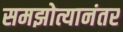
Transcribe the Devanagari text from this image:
समझोत्यानंतर